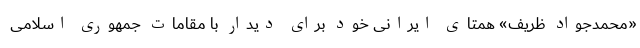
«محمدجواد ظریف» همتای ایرانی خود برای دیدار با مقامات جمهوری اسلامی